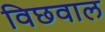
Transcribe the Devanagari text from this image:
विछवाल